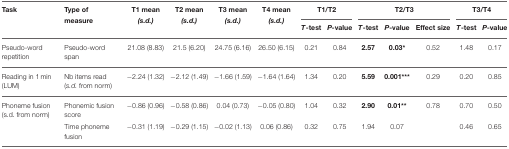
<table><thead><tr><td><b>Task</b></td><td><b>Type of measure</b></td><td><b>T1 mean <i>(s.d.)</i></b></td><td><b>T2 mean <i>(s.d.)</i></b></td><td><b>T3 mean <i>(s.d.)</i></b></td><td><b>T4 mean <i>(s.d.)</i></b></td><td colspan="2"><b>T1/T2</b></td><td colspan="3"><b>T2/T3</b></td><td colspan="2"><b>T3/T4</b></td></tr><tr><td></td><td></td><td></td><td></td><td></td><td></td><td><b><i>T</i>-test</b></td><td><b><i>P</i>-value</b></td><td><b><i>T</i>-test</b></td><td><b><i>P</i>-value</b></td><td><b>Effect size</b></td><td><b><i>T</i>-test</b></td><td><b><i>P</i>-value</b></td></tr></thead><tbody><tr><td>Pseudo-word repetition</td><td>Pseudo-word span</td><td>21.08 (8.83)</td><td>21.5 (6.20)</td><td>24.75 (6.16)</td><td>26.50 (6.15)</td><td>0.21</td><td>0.84</td><td><b>2.57</b></td><td><b>0.03<sup>*</sup></b></td><td>0.52</td><td>1.48</td><td>0.17</td></tr><tr><td>Reading in 1 min (LUM)</td><td>Nb items read (<i>s.d.</i> from norm)</td><td>−2.24 (1.32)</td><td>−2.12 (1.49)</td><td>−1.66 (1.59)</td><td>−1.64 (1.64)</td><td>1.34</td><td>0.20</td><td><b>5.59</b></td><td><b>0.001<sup>***</sup></b></td><td>0.29</td><td>0.20</td><td>0.85</td></tr><tr><td>Phoneme fusion (s.d. from norm)</td><td>Phonemic fusion score</td><td>−0.86 (0.96)</td><td>−0.58 (0.86)</td><td>0.04 (0.73)</td><td>−0.05 (0.80)</td><td>1.04</td><td>0.32</td><td><b>2.90</b></td><td><b>0.01<sup>**</sup></b></td><td>0.78</td><td>0.70</td><td>0.50</td></tr><tr><td></td><td>Time phoneme fusion</td><td>−0.31 (1.19)</td><td>−0.29 (1.15)</td><td>−0.02 (1.13)</td><td>0.06 (0.86)</td><td>0.32</td><td>0.75</td><td>1.94</td><td>0.07</td><td></td><td>0.46</td><td>0.65</td></tr></tbody></table>